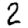
Digit: 2